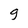
Character: g